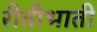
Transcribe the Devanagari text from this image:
रीतीभाती